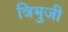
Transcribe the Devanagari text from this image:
त्रिभुजी